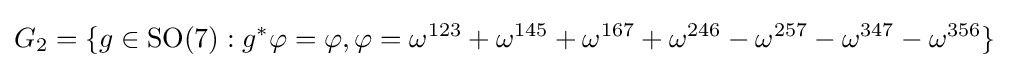
G_{2}=\{g\in \mathrm {SO} (7):g^{*}\varphi =\varphi ,\varphi =\omega ^{123}+\omega ^{145}+\omega ^{167}+\omega ^{246}-\omega ^{257}-\omega ^{347}-\omega ^{356}\}